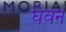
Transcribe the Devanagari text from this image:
घेवन